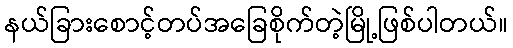
နယ်ခြားစောင့်တပ်အခြေစိုက်တဲ့မြို့ဖြစ်ပါတယ်။